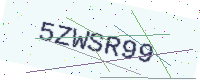
Text: 5ZWSR99